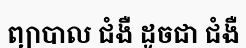
ព្យាបាល ជំងឺ ដូចជា ជំងឺ